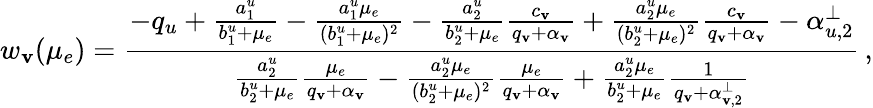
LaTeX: w_{\mathbf{v}}(\mu_{e})=\frac{{-q_{u}+\frac{{a_{1}^{u}}}{{b_{1}^{u}+\mu_{e}}}-\frac{{a_{1}^{u}\mu_{e}}}{{(b_{1}^{u}+\mu_{e})^{2}}}-\frac{{a_{2}^{u}}}{{b_{2}^{u}+\mu_{e}}}\frac{{c_{\mathbf{v}}}}{{q_{\mathbf{v}}+\alpha_{\mathbf{v}}}}+\frac{{a_{2}^{u}\mu_{e}}}{{(b_{2}^{u}+\mu_{e})^{2}}}\frac{{c_{\mathbf{v}}}}{{q_{\mathbf{v}}+\alpha_{\mathbf{v}}}}-\alpha_{u,2}^{\perp}}}{{\frac{{a_{2}^{u}}}{{b_{2}^{u}+\mu_{e}}}\frac{{\mu_{e}}}{{q_{\mathbf{v}}+\alpha_{\mathbf{v}}}}-\frac{{a_{2}^{u}\mu_{e}}}{{(b_{2}^{u}+\mu_{e})^{2}}}\frac{{\mu_{e}}}{{q_{\mathbf{v}}+\alpha_{\mathbf{v}}}}+\frac{{a_{2}^{u}\mu_{e}}}{{b_{2}^{u}+\mu_{e}}}\frac{{1}}{{q_{\mathbf{v}}+\alpha_{\mathbf{v},2}^{\perp}}}}}\, ,